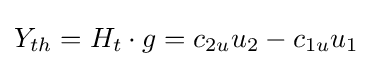
Y_{th}=H_{t}\cdot g=c_{2u}u_{2}-c_{1u}u_{1}